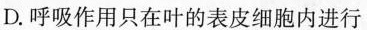
D. 呼吸作用只在叶的表皮细胞内进行